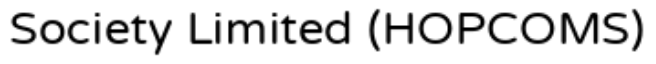
Society Limited (HOPCOMS)